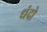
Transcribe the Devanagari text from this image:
धंदो